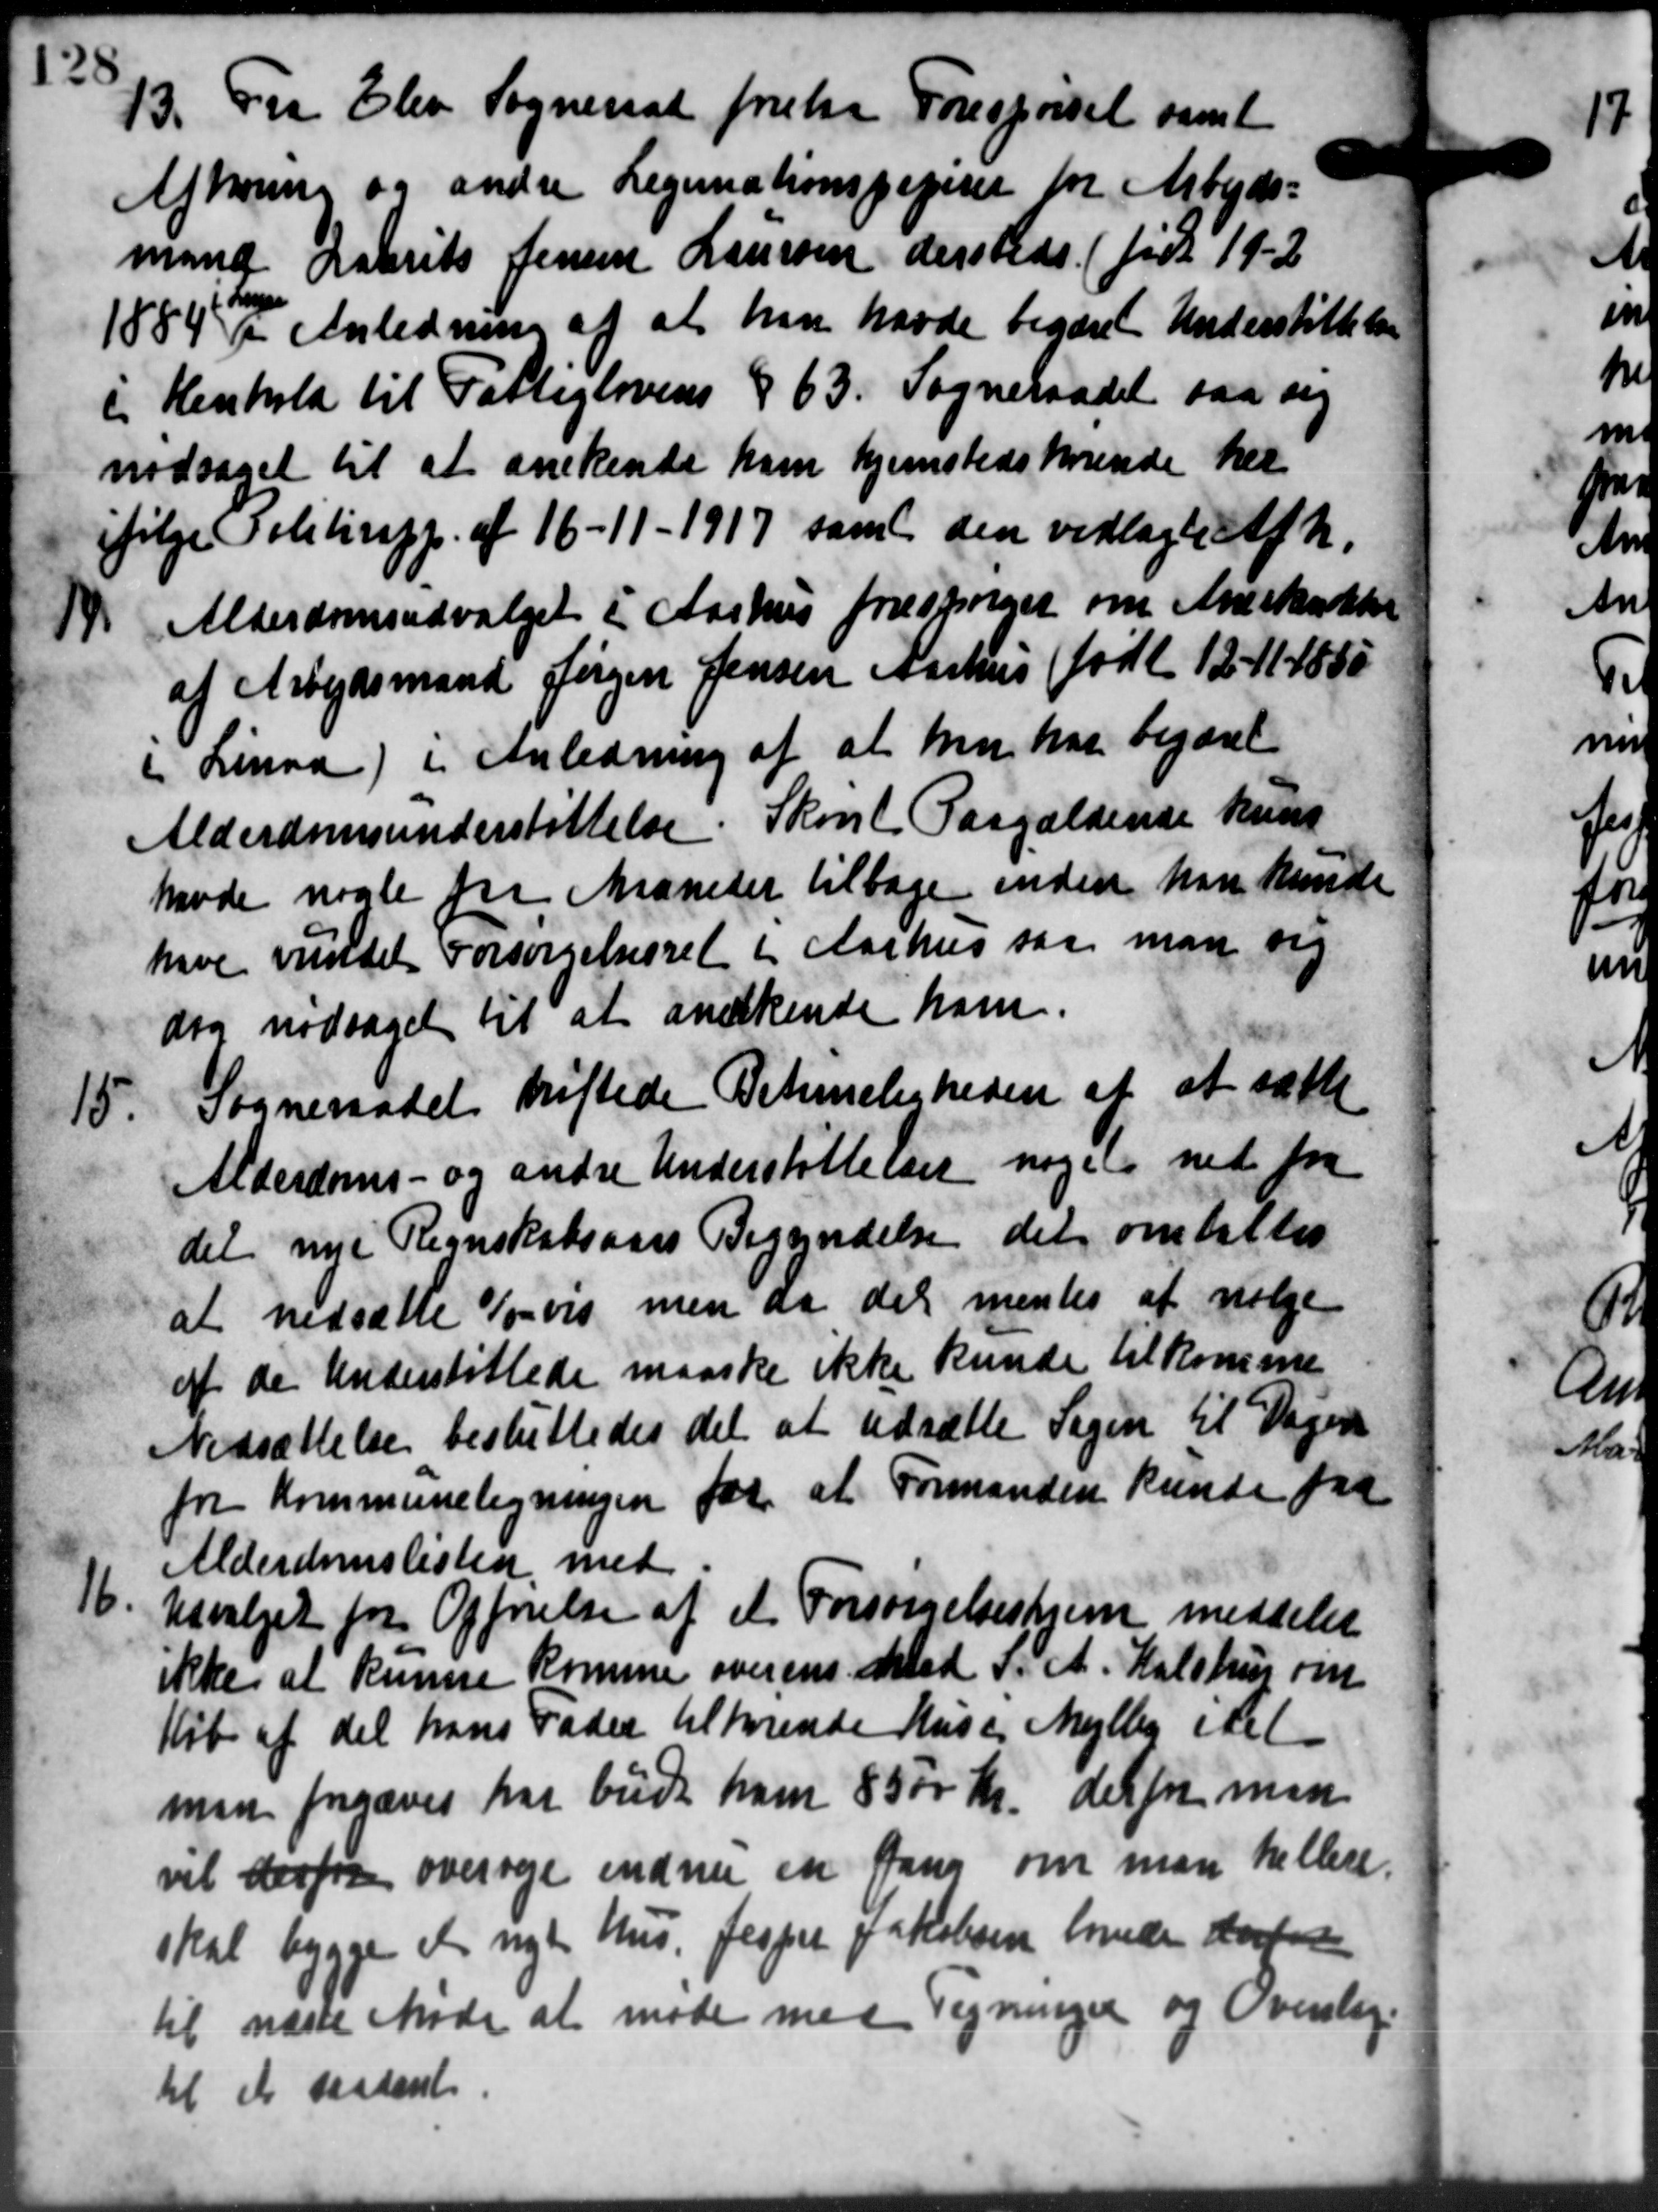
Transskription:
13. Fra Elev Sogneraad forelaa Forespørgsel
13. Fra Elev Sogneraad forelaa Forespørgsel
Afholme og andre Leginationspapirer for Arbejds=
mand Laurits Jensen Laursen dersteds (født 19-2
1884 I Anledning af at han havde begæret Understøttelse
i Henhold til Fattiglovens § 63. Sogneraadet saa sig
nodsaget til at anerkende ham hjemstedskørende her
ifølge Politirpp. af 16 - 11 - 1917 samt den vedlagte Afh.
Alderdomsudvalget i Aarhus forespørger om Anskakke

af Arbejdsmand Jørgen Jensen Aarhus (født 12- 114855
i Linaa) i Anledning af at hun har begæret
Alderdomsunderstøttelse. Skovl Paagældende kuns
havde nogle fra Maaneder tilbage inden han kunde
have vundet Forsørgelsesret i Aarhus saa man sig
dig nødsaget til at anerkende ham.
15.
Sogneraadet drøftede Peterneligheden af at sætte
Alderdoms- og andre Understøttelser noget ned fra
det nye Regnskabsaars Begyndelse det omtaltes
at nedsætte Torvis men da det mentes at vælge
af de Understøttede maaske ikke kunde tilkomme
Nedsættelse besluttedes det at udsætte Sagen til Dagen
for Kommuneligningen for at Formanden kunde fra
Alderdomslisten med
Udvalget for Opførelse af et Forsørgelseshjem meddeler
ikke at kunne komme overens med d. A. Halshus om
Køb af det hans Fader tilhørende Huse Mejlby i det
men forgæves har bude ham 8500 Kr. det for men
vil derfra overveje endnu en Gang om man hellere.
skal bygge et nye Hus. Jesper Jakobsen hovede derter
til næste Møde at møde med Tegninger og Overslag
til et saadant
16